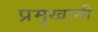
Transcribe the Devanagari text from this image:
प्रमुखानी